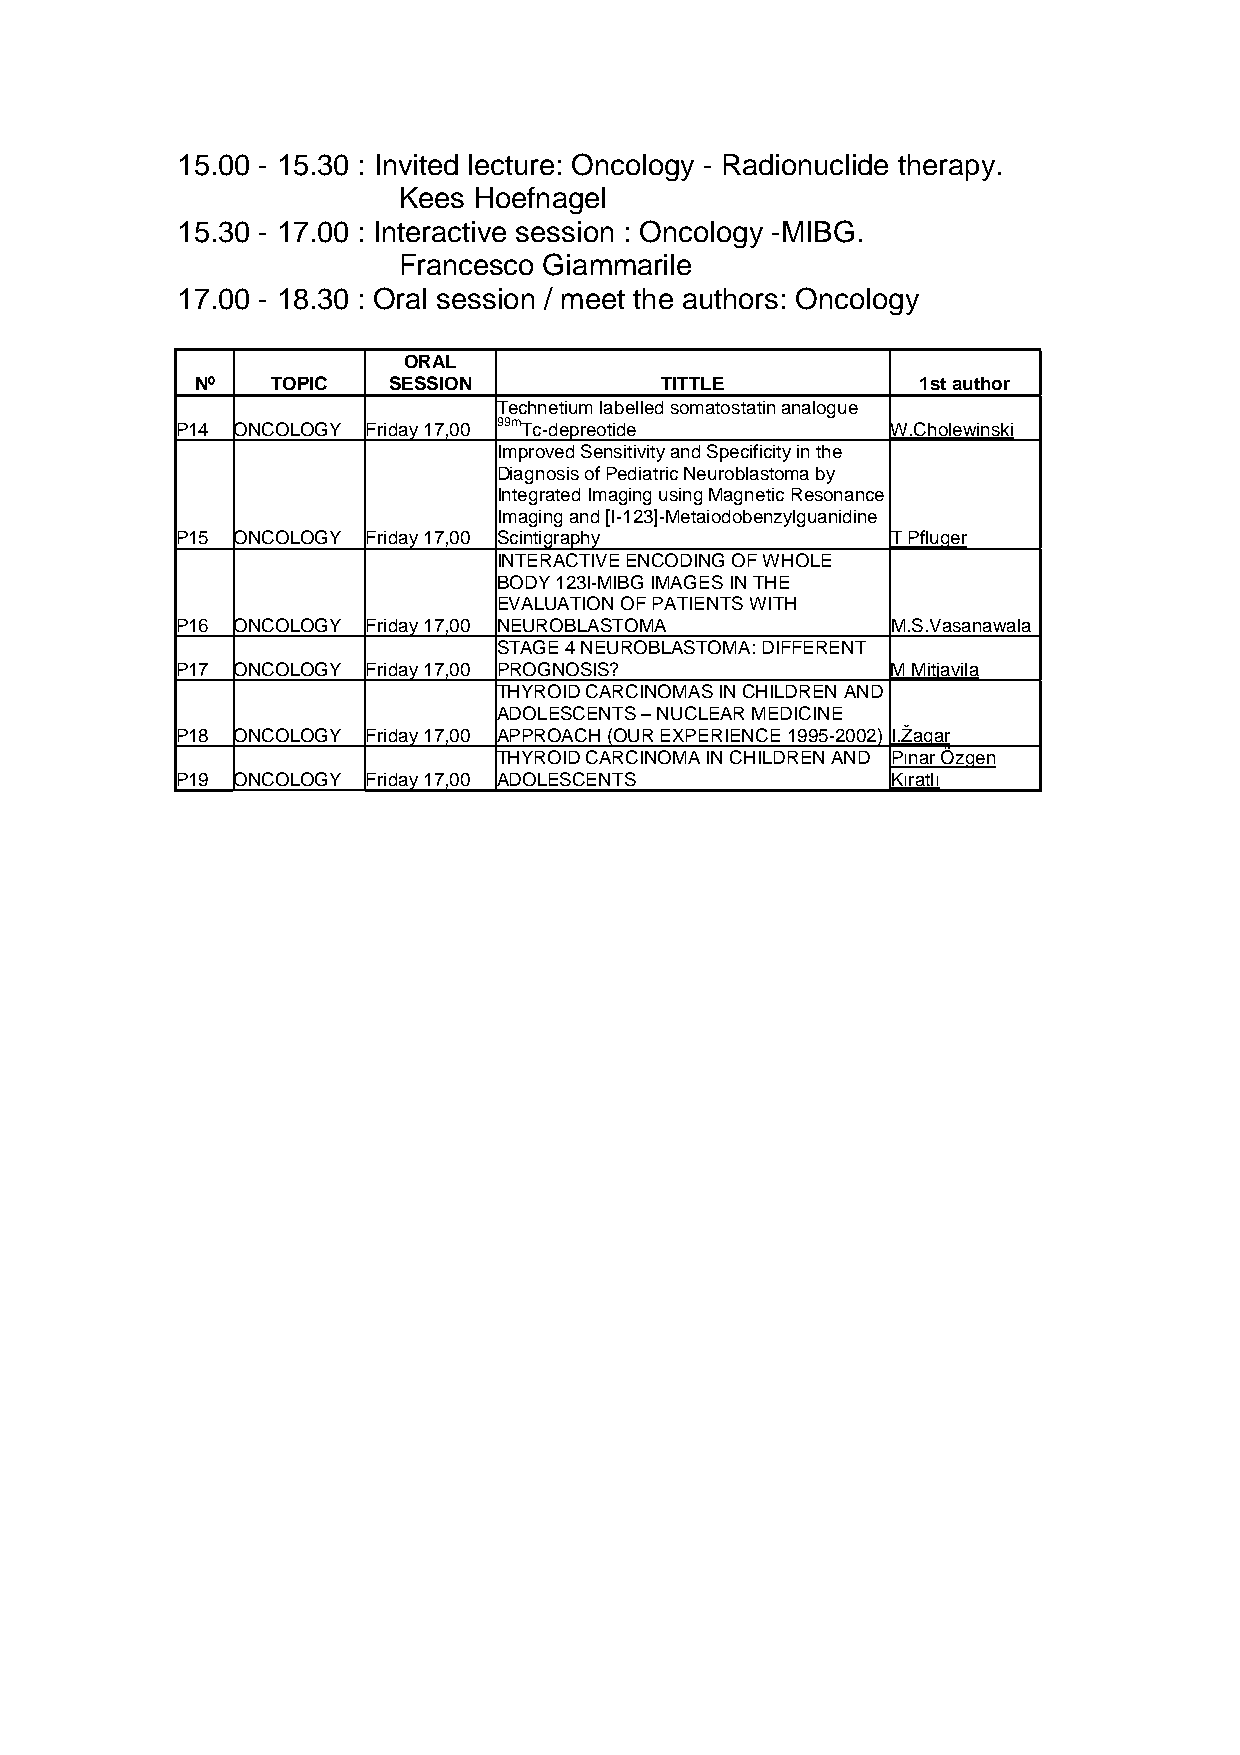
15.00 - 15.30 : Invited lecture: Oncology - Radionuclide therapy.
 Kees Hoefnagel
 15.30 - 17.00 : Interactive session : Oncology -MIBG.
 Francesco Giammarile
 17.00 - 18.30 : Oral session / meet the authors: Oncology
 ORAL
 Nº   TOPIC   SESSION           TITTLE           1st author
 Technetium labelled somatostatin analogue
 P14 ONCOLOGY Friday 17,00 99mTc-depreotide     W.Cholewinski
 Improved Sensitivity and Specificity in the
 Diagnosis of Pediatric Neuroblastoma by
 Integrated Imaging using Magnetic Resonance
 Imaging and [I-123]-Metaiodobenzylguanidine
 P15 ONCOLOGY Friday 17,00 Scintigraphy         T Pfluger
 INTERACTIVE ENCODING OF WHOLE
 BODY 123I-MIBG IMAGES IN THE
 EVALUATION OF PATIENTS WITH
 P16 ONCOLOGY Friday 17,00 NEUROBLASTOMA        M.S.Vasanawala
 STAGE 4 NEUROBLASTOMA: DIFFERENT
 P17 ONCOLOGY Friday 17,00 PROGNOSIS?           M Mitjavila
 THYROID CARCINOMAS IN CHILDREN AND
 ADOLESCENTS – NUCLEAR MEDICINE
 P18 ONCOLOGY Friday 17,00 APPROACH (OUR EXPERIENCE 1995-2002) I.Žagar
 THYROID CARCINOMA IN CHILDREN AND Pınar Özgen
 P19 ONCOLOGY Friday 17,00 ADOLESCENTS          Kıratlı